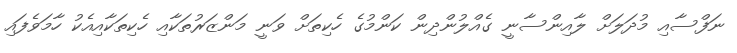
ނަފްސާއި މުދަލަށް ލާއިންސާނީ ގެއްލުންދިން ކަންމުގެ ހެކިތަށް ވަނީ މަންޒަރުތަކާއި ހެކިތަކާއިއެކު ހާމަވެފައި